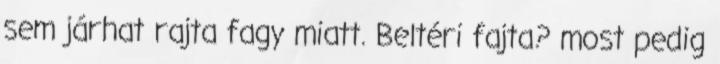
sem járhat rajta fagy miatt. Beltéri fajta? most pedig